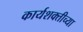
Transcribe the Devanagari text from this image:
कार्यशक्तीच्या